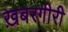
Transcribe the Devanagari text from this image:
ख़बरगीरी